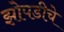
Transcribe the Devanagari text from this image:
झोपडीचे